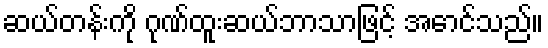
ဆယ်တန်းကို ဂုဏ်ထူးဆယ်ဘာသာဖြင့် အောင်သည်။